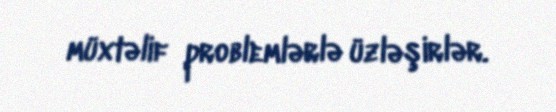
müxtəlif problemlərlə üzləşirlər.